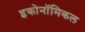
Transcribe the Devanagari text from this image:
इकोनॉमिकल